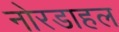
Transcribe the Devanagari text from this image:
नोरडाहल